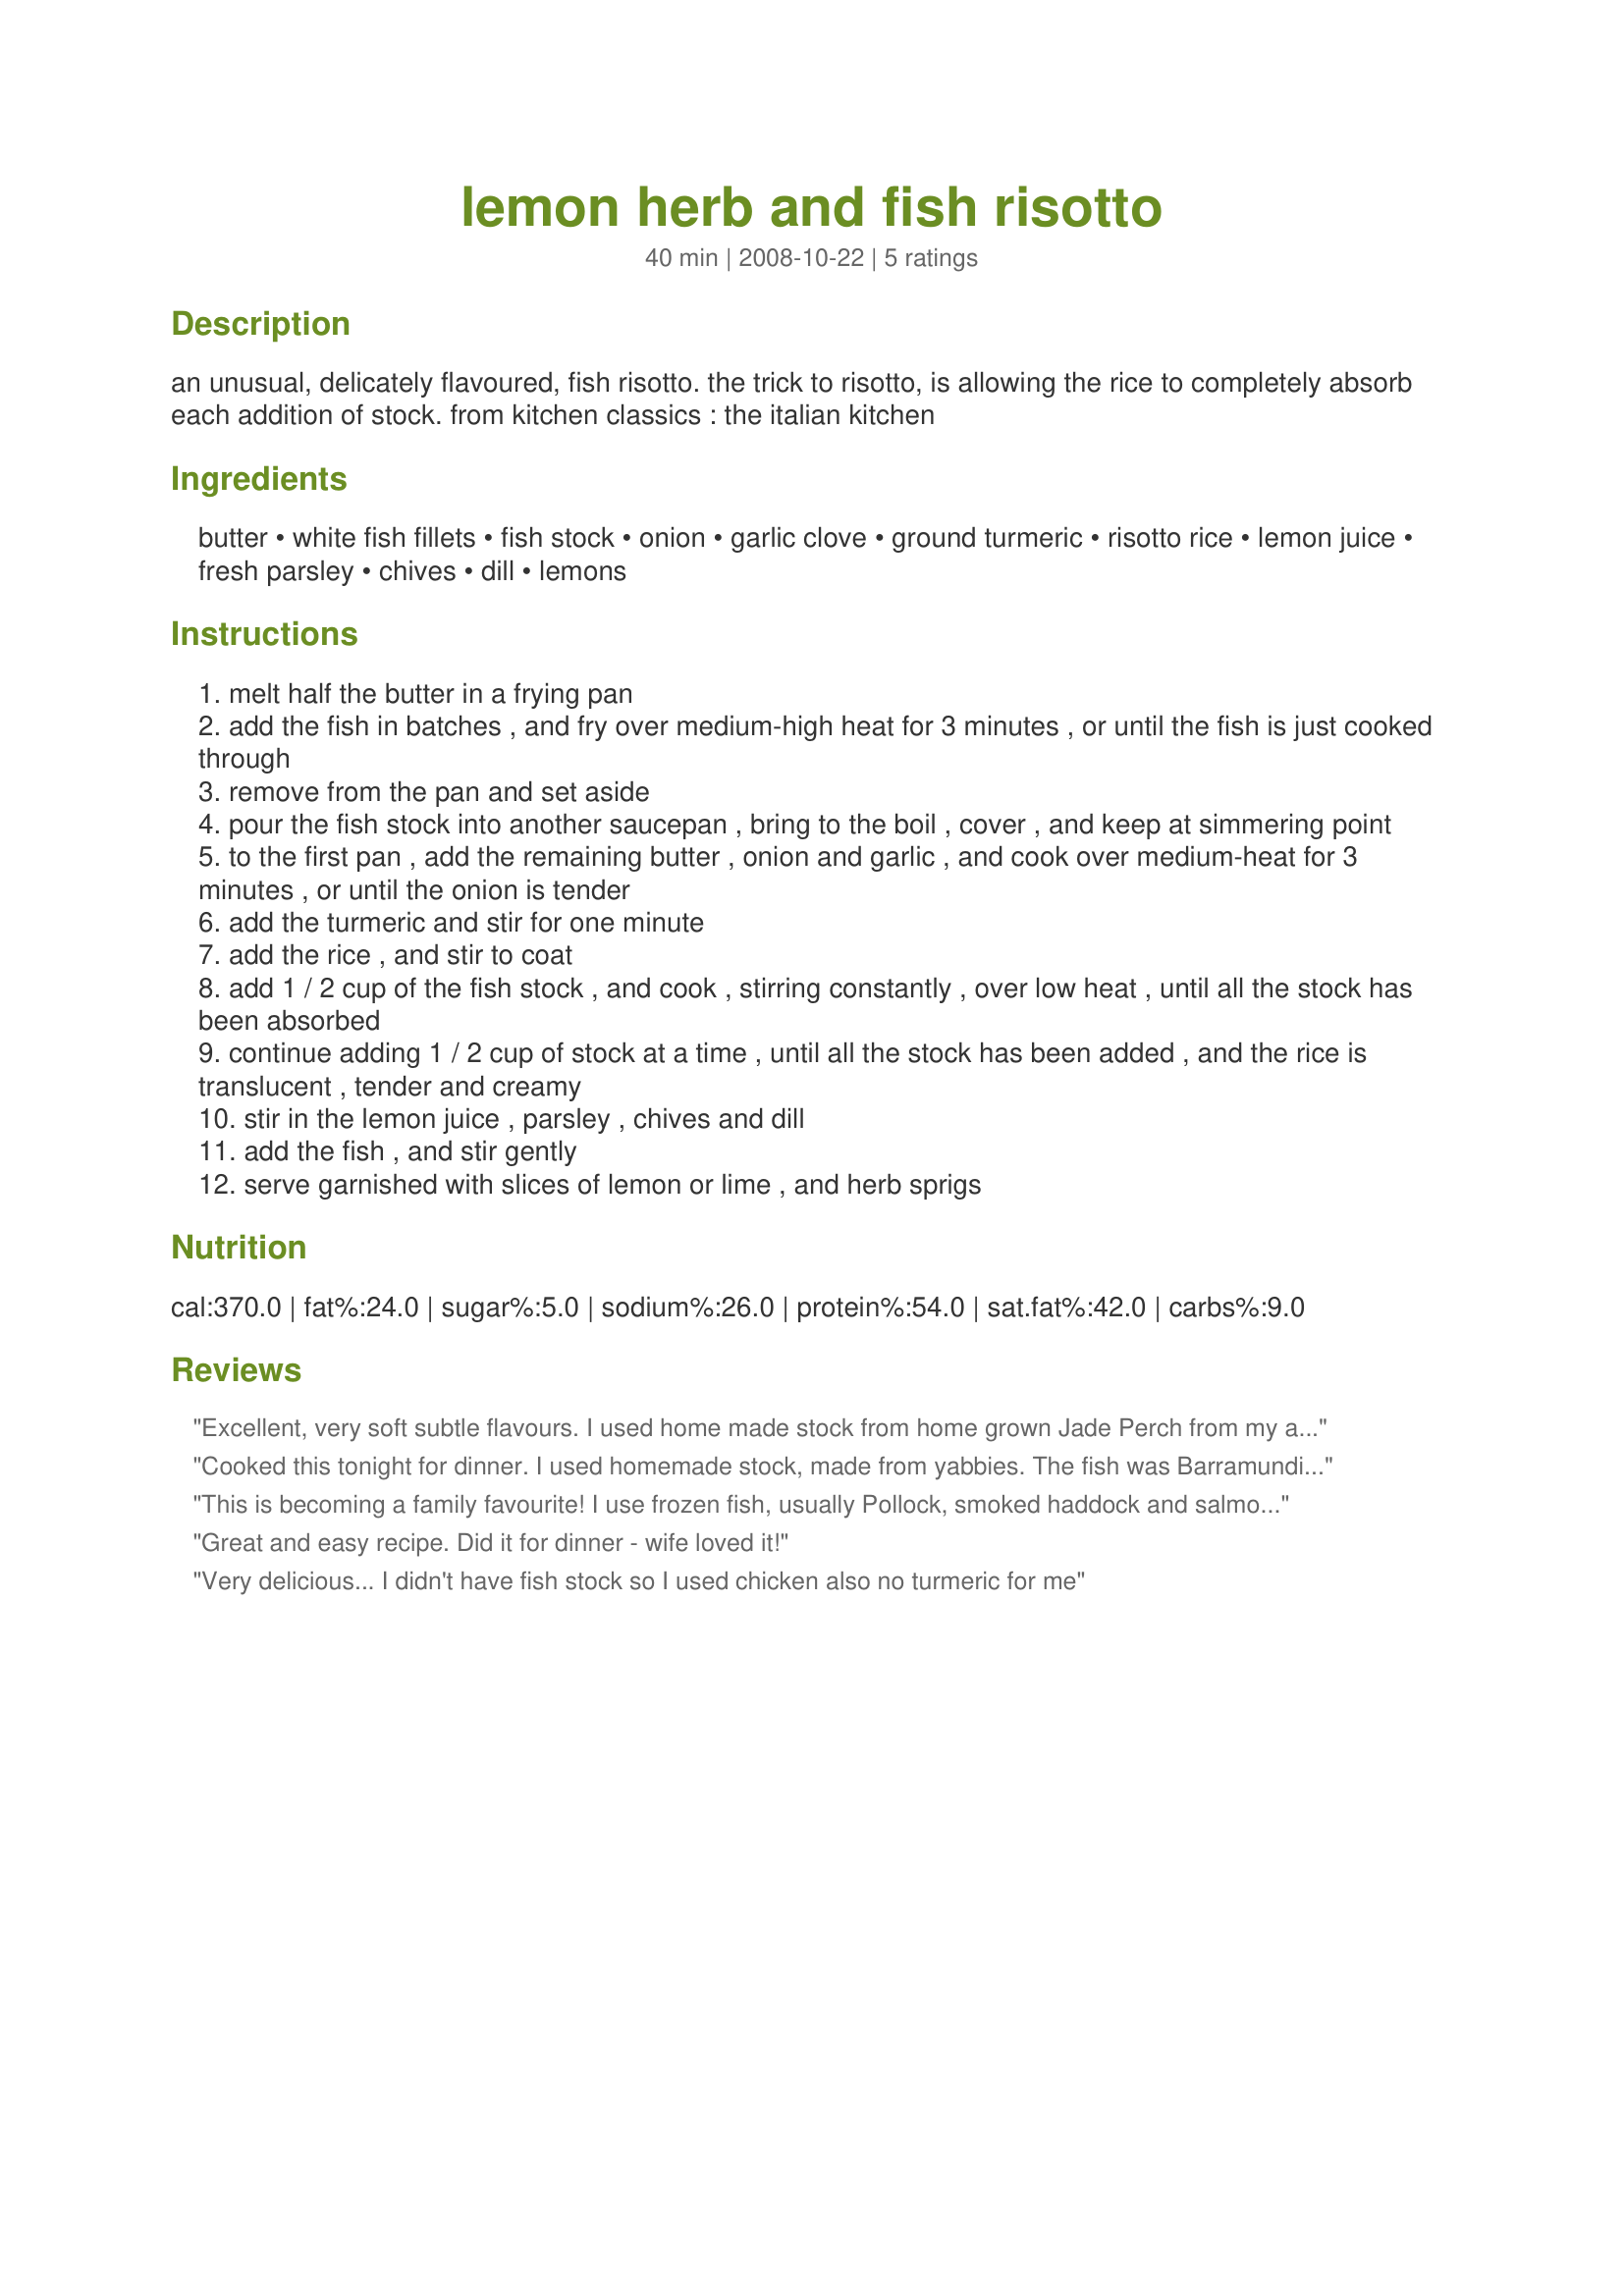
lemon herb and fish risotto
Preparation time: 40 minutes

an unusual, delicately flavoured, fish risotto. the trick to risotto, is allowing the rice to completely absorb each addition of stock.

from kitchen classics : the italian kitchen

Ingredients:
butter, white fish fillets, fish stock, onion, garlic clove, ground turmeric, risotto rice, lemon juice, fresh parsley, chives, dill, lemons

Steps:
melt half the butter in a frying pan
add the fish in batches , and fry over medium-high heat for 3 minutes , or until the fish is just cooked through
remove from the pan and set aside
pour the fish stock into another saucepan , bring to the boil , cover , and keep at simmering point
to the first pan , add the remaining butter , onion and garlic , and cook over medium-heat for 3 minutes , or until the onion is tender
add the turmeric and stir for one minute
add the rice , and stir to coat
add 1 / 2 cup of the fish stock , and cook , stirring constantly , over low heat , until all the stock has been absorbed
continue adding 1 / 2 cup of stock at a time , until all the stock has been added , and the rice is translucent , tender and creamy
stir in the lemon juice , parsley , chives and dill
add the fish , and stir gently
serve garnished with slices of lemon or lime , and herb sprigs

Reviews:
Excellent, very soft subtle flavours. I used home made stock from home grown Jade Perch from my aquaponics set up. The fish I used were locally caught Mullet fillets. Next time Ill try adding some Winter Tarragon.
Cooked this tonight for dinner. I used homemade stock, made from yabbies. The fish was Barramundi. Total cooking time was more like 1 hour but worth the effort. This was the best meal IVe cooked in months. Highly recommended.
This is becoming a family favourite! I use frozen fish, usually Pollock, smoked haddock and salmon and poach in vegetable stock to defrost whilst I prep everything else. Great for midweek comfort food. I'm a big fan of turmeric but I wouldn't normally think of using it with fish, very pleasantly surprised!
Great and easy recipe. Did it for dinner - wife loved it!
Very delicious... I didn't have fish stock so I used chicken also no turmeric for me
